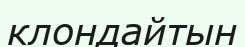
клондайтын